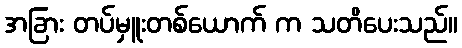
အခြား တပ်မှူးတစ်ယောက် က သတိပေးသည်။